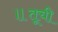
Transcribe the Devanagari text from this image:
॥तूची